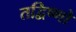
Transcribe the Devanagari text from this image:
तद्विष्णो